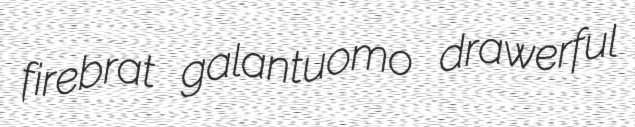
firebrat galantuomo drawerful